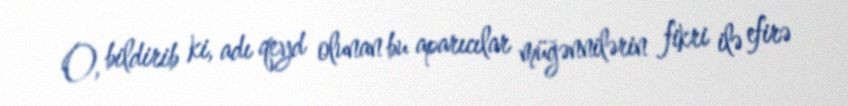
O, bildirib ki, adı qeyd olunan bu aparıcılar müğənnilərin fikri ilə efirə